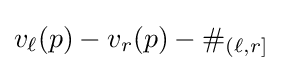
v_{\ell }(p)-v_{r}(p)-\#_{(\ell ,r]}